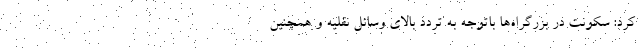
کرد: سکونت در بزرگراه‌ها باتوجه به تردد بالای وسائل نقلیه و همچنین